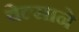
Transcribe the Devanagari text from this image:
वेल्साने